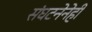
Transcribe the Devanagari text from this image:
संघटनेनेही